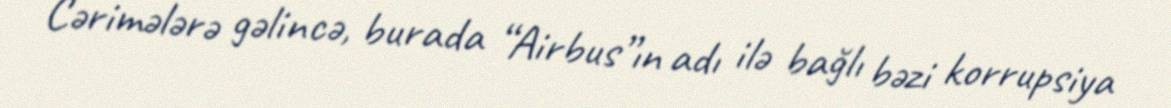
Cərimələrə gəlincə, burada “Airbus”ın adı ilə bağlı bəzi korrupsiya